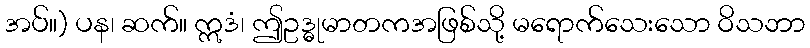
အပ်။) ပန၊ ဆက်။ ဣဒံ၊ ဤဥဒ္ဓုမာတကအဖြစ်သို့ မရောက်သေးသော ဝိသဘာ